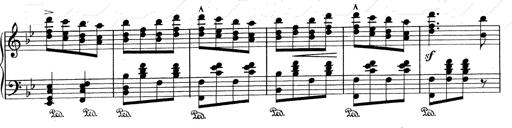
Title: RÃ©miniscences de Don Juan
Composer: Franz Liszt